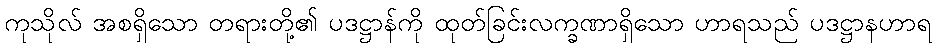
ကုသိုလ် အစရှိသော တရားတို့၏ ပဒဋ္ဌာန်ကို ထုတ်ခြင်းလက္ခဏာရှိသော ဟာရသည် ပဒဋ္ဌာနဟာရ